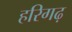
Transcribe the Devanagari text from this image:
हरिगढ़